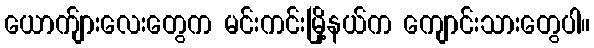
ယောက်ျားလေးတွေက မင်းကင်းမြို့နယ်က ကျောင်းသားတွေပါ။